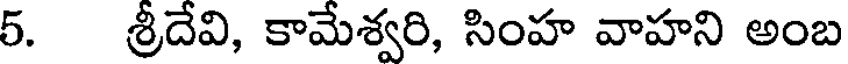
5. శ్రీదేవి, కామేశ్వరి, సింహ వాహని అంబ